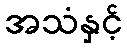
အသံနှင့်